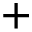
+